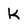
Character: k